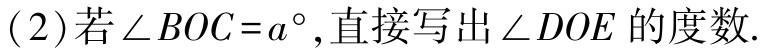
(2)若\(\angle BOC = a^{\circ}\),直接写出\(\angle DOE\)的度数.